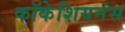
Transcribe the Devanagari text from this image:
कॉकेशियनंस